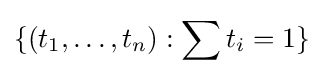
\{(t_{1},\dots ,t_{n}):\sum t_{i}=1\}